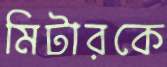
মিটারকে